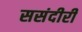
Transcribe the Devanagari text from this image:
ससंदीरी